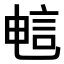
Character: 𫌷